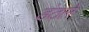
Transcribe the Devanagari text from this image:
डंठलें